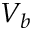
V _ { b }